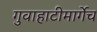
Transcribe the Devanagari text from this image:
गुवाहाटीमार्गेच